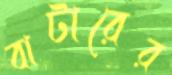
বাটারের